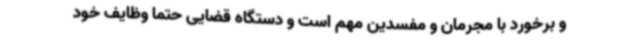
و برخورد با مجرمان و مفسدین مهم است و دستگاه قضایی حتماً وظایف خود